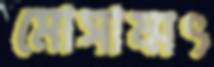
মোসাম্মৎ